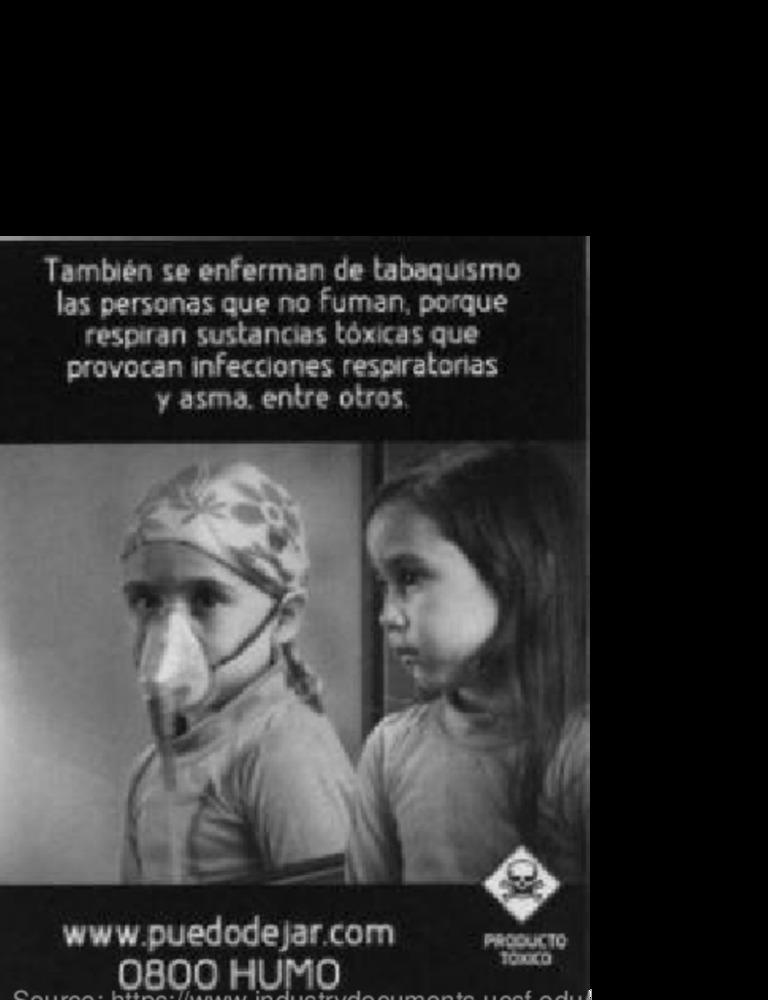
También se enferman de tabaquismo
las personas que no Fuman, porque
respiran sustancias tóxicas que
provocan infecciones respiratorias
y asma, entre otros
www.puedodejar.com
PRODUCTO
0800 HUMO